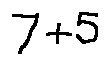
7 + 5